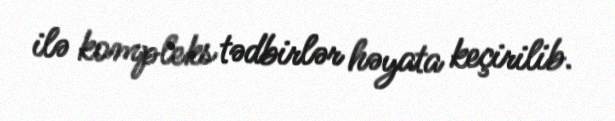
ilə kompleks tədbirlər həyata keçirilib.